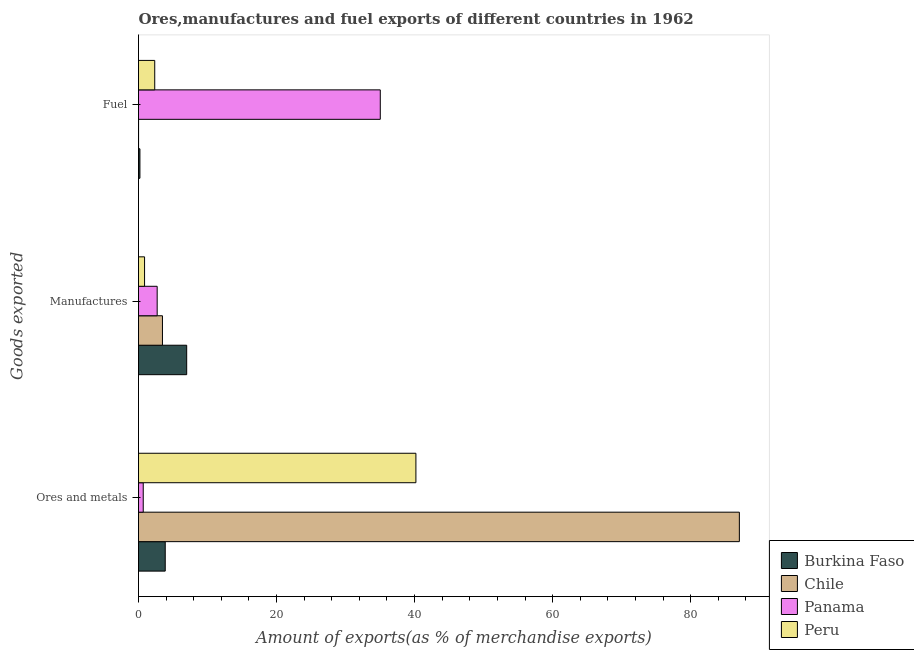
| Goods exported | Burkina Faso | Chile | Panama | Peru |
 | --- | --- | --- | --- | --- |
 | Ores and metals | 3.87 | 87.1 | 0.685 | 40.2 |
 | Manufactures | 6.98 | 3.47 | 2.7 | 0.876 |
 | Fuel | 0.205 | 0.00701 | 35 | 2.35 |